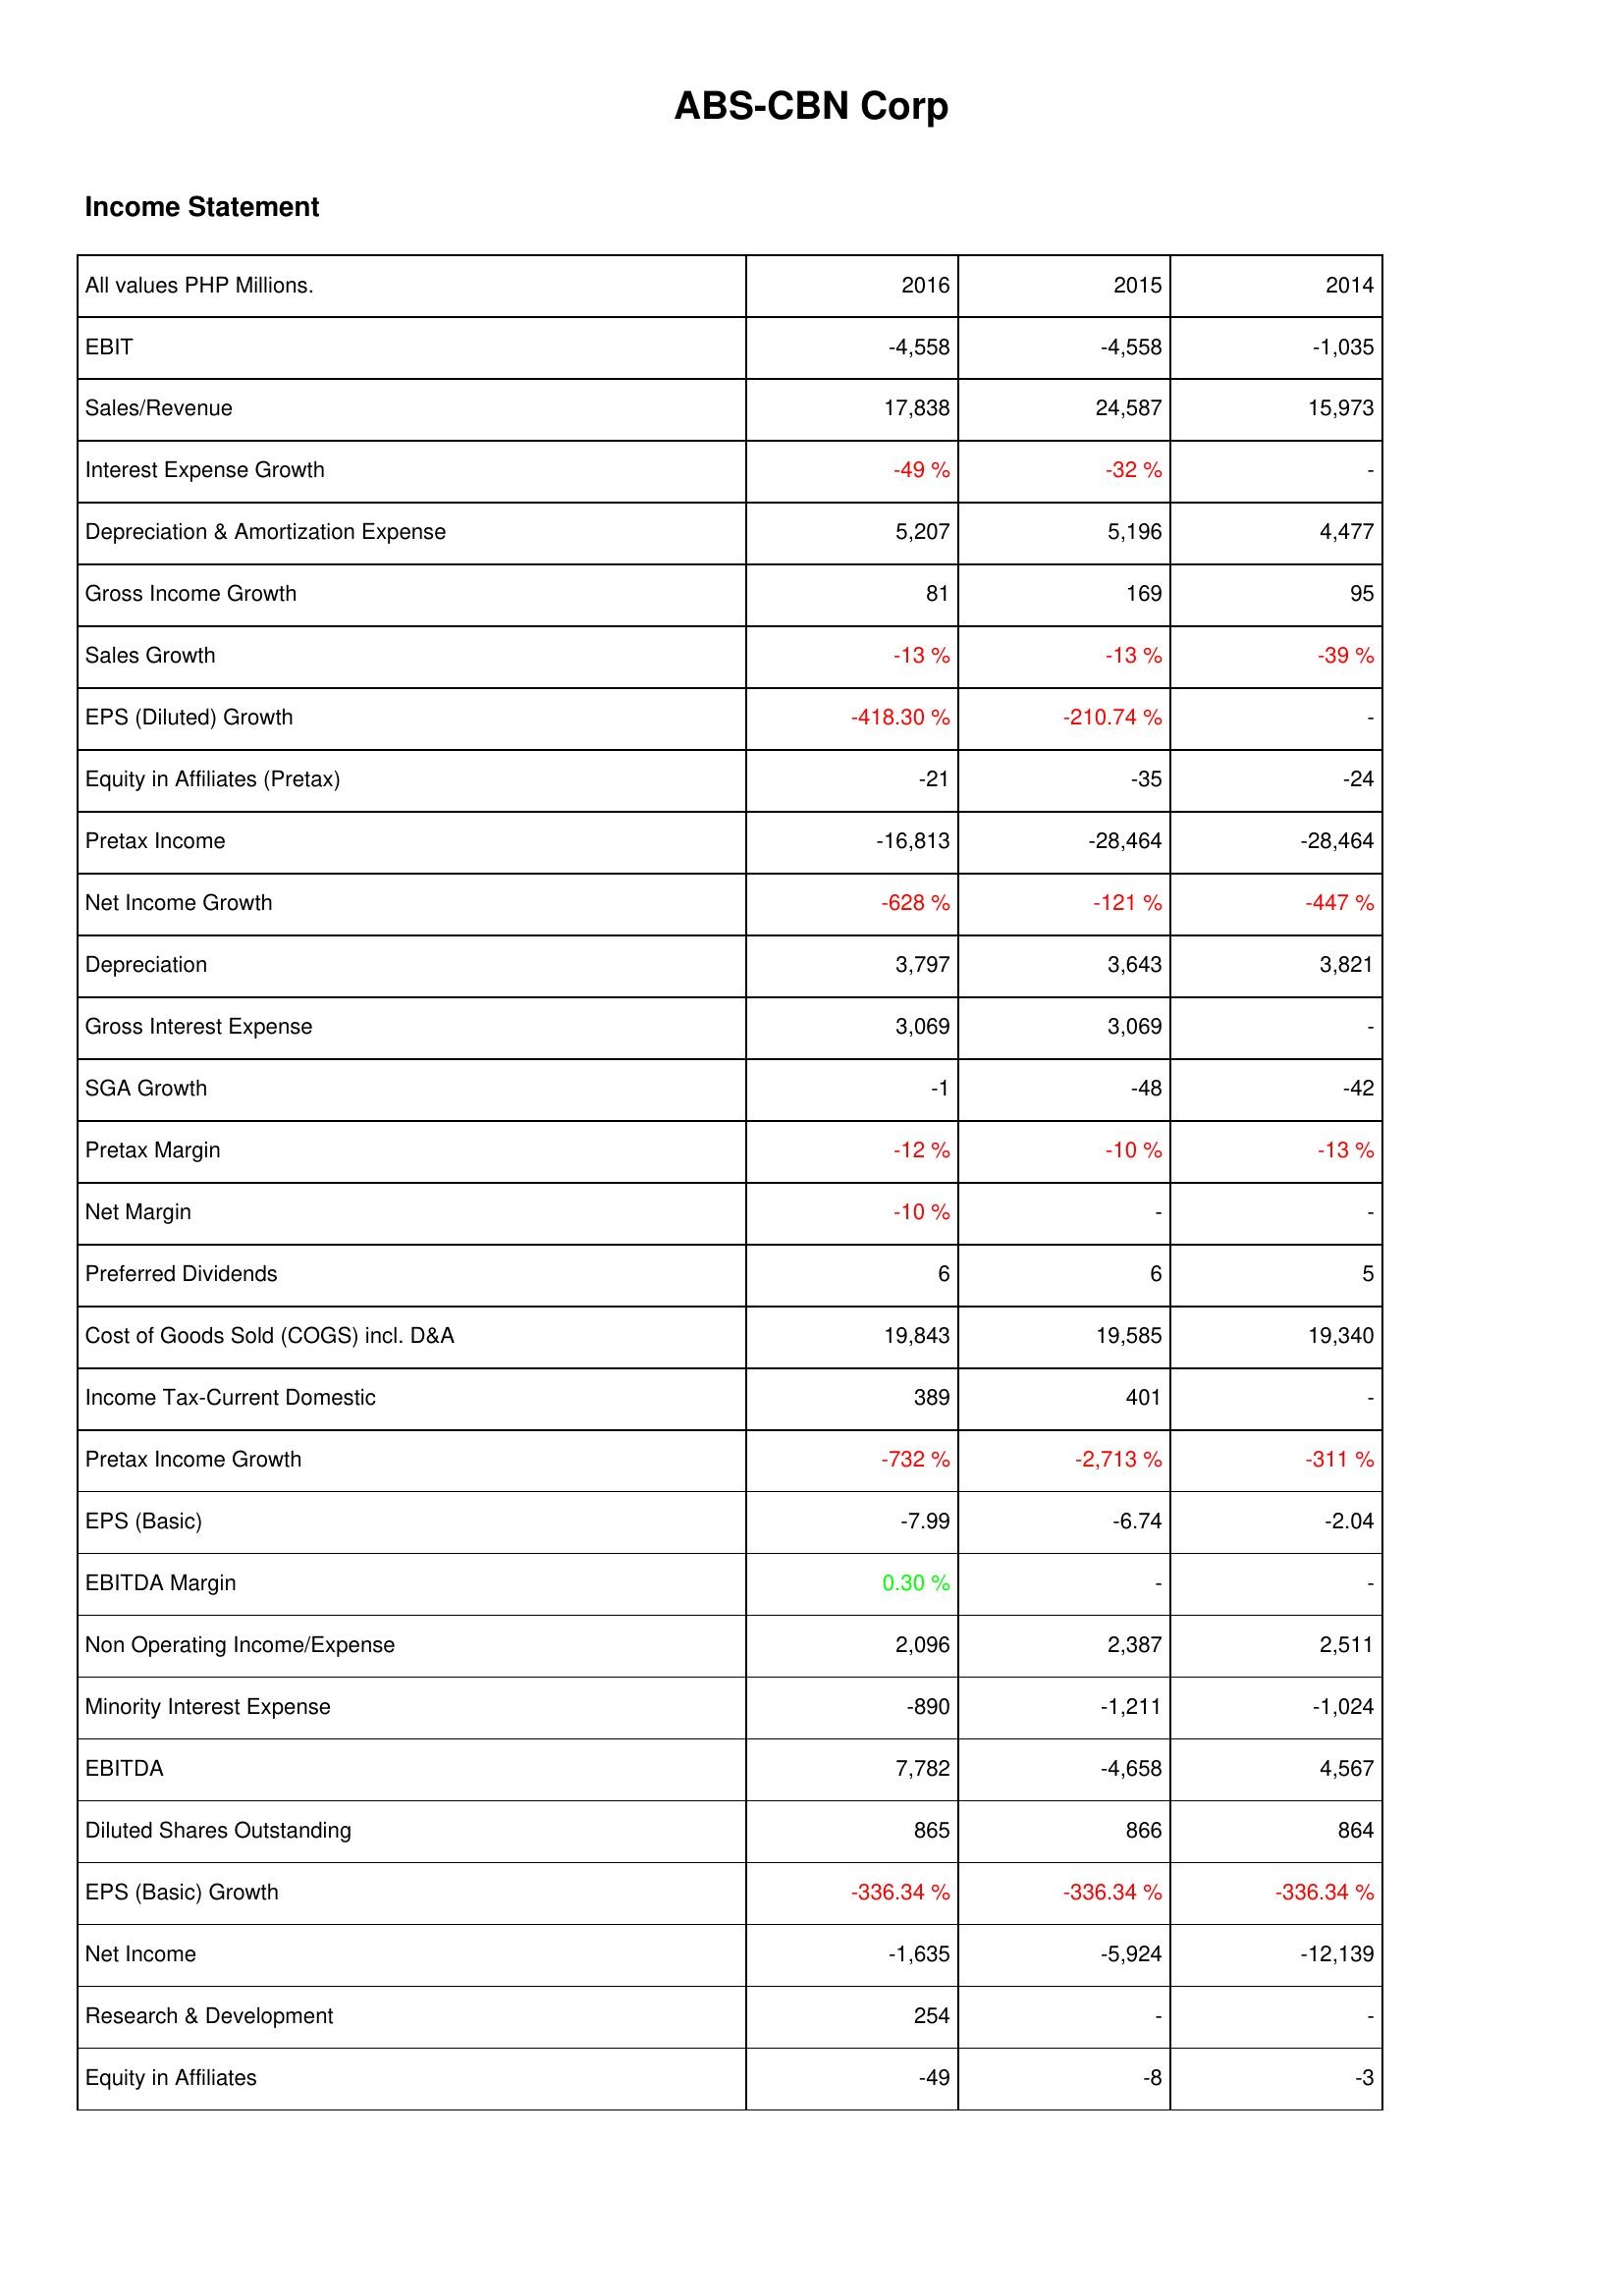
2016: Income Statement: EBIT: -4,558
Sales/Revenue: 17,838
Interest Expense Growth: -49 %
Depreciation & Amortization Expense: 5,207
Gross Income Growth: 81
Sales Growth: -13 %
EPS (Diluted) Growth: -418.30 %
Equity in Affiliates (Pretax): -21
Pretax Income: -16,813
Net Income Growth: -628 %
Depreciation: 3,797
Gross Interest Expense: 3,069
SGA Growth: -1
Pretax Margin: -12 %
Net Margin: -10 %
Preferred Dividends: 6
Cost of Goods Sold (COGS) incl. D&A: 19,843
Income Tax-Current Domestic: 389
Pretax Income Growth: -732 %
EPS (Basic): -7.99
EBITDA Margin: 0.30 %
Non Operating Income/Expense: 2,096
Minority Interest Expense: -890
EBITDA: 7,782
Diluted Shares Outstanding: 865
EPS (Basic) Growth: -336.34 %
Net Income: -1,635
Research & Development: 254
Equity in Affiliates: -49
2015: Income Statement: EBIT: -4,558
Sales/Revenue: 24,587
Interest Expense Growth: -32 %
Depreciation & Amortization Expense: 5,196
Gross Income Growth: 169
Sales Growth: -13 %
EPS (Diluted) Growth: -210.74 %
Equity in Affiliates (Pretax): -35
Pretax Income: -28,464
Net Income Growth: -121 %
Depreciation: 3,643
Gross Interest Expense: 3,069
SGA Growth: -48
Pretax Margin: -10 %
Net Margin: -
Preferred Dividends: 6
Cost of Goods Sold (COGS) incl. D&A: 19,585
Income Tax-Current Domestic: 401
Pretax Income Growth: -2,713 %
EPS (Basic): -6.74
EBITDA Margin: -
Non Operating Income/Expense: 2,387
Minority Interest Expense: -1,211
EBITDA: -4,658
Diluted Shares Outstanding: 866
EPS (Basic) Growth: -336.34 %
Net Income: -5,924
Research & Development: -
Equity in Affiliates: -8
2014: Income Statement: EBIT: -1,035
Sales/Revenue: 15,973
Interest Expense Growth: -
Depreciation & Amortization Expense: 4,477
Gross Income Growth: 95
Sales Growth: -39 %
EPS (Diluted) Growth: -
Equity in Affiliates (Pretax): -24
Pretax Income: -28,464
Net Income Growth: -447 %
Depreciation: 3,821
Gross Interest Expense: -
SGA Growth: -42
Pretax Margin: -13 %
Net Margin: -
Preferred Dividends: 5
Cost of Goods Sold (COGS) incl. D&A: 19,340
Income Tax-Current Domestic: -
Pretax Income Growth: -311 %
EPS (Basic): -2.04
EBITDA Margin: -
Non Operating Income/Expense: 2,511
Minority Interest Expense: -1,024
EBITDA: 4,567
Diluted Shares Outstanding: 864
EPS (Basic) Growth: -336.34 %
Net Income: -12,139
Research & Development: -
Equity in Affiliates: -3